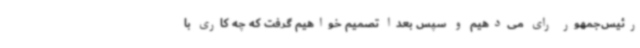
رئیس‌جمهور رای می‌دهیم و سپس بعدا تصمیم خواهیم گرفت که چه کاری با